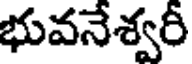
భువనేశ్వరీ